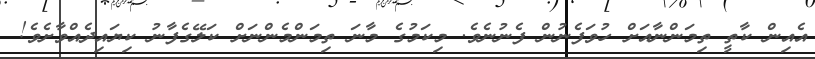
އެއިން ކާތީ ތިމަންނާއަށް ހުވަފެނުން ފެނުނެވެ. މިކަމުގެ މާނަ ތިމަންމެންނަށް ކަލޭގެފާނު ކިޔައިދެއްވާށެވެ!